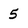
Character: 5